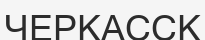
ЧЕРКАССК